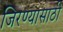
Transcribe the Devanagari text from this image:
जिरण्यासाठी